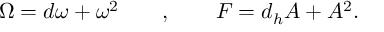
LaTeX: \Omega = d \omega + \omega ^ { 2 } \quad \quad , \quad \quad F = d _ { h } A + A ^ { 2 } .